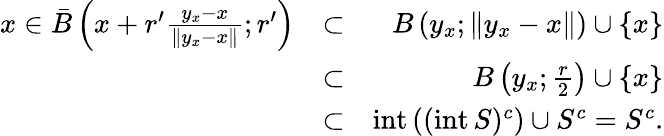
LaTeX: \begin{array}{rlr}{x\in\bar{B}\left(x+r^{\prime}\frac{y_{x}-x}{\| y_{x}-x\| };r^{\prime}\right)}&{\subset}&{{B}\left(y_{x};\| y_{x}-x\| \right)\cup\{ x\} }\\ &{\subset}&{{B}\left(y_{x};\frac{r}{2}\right)\cup\{ x\} }\\ &{\subset}&{\textnormal{int}\, ((\textnormal{int}\, S)^{c})\cup S^{c}=S^{c}.}\end{array}